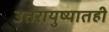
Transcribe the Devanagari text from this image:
उत्तरायुष्यातही